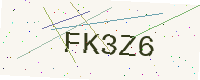
Text: FK3Z6